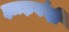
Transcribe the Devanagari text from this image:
झाड़बंदी